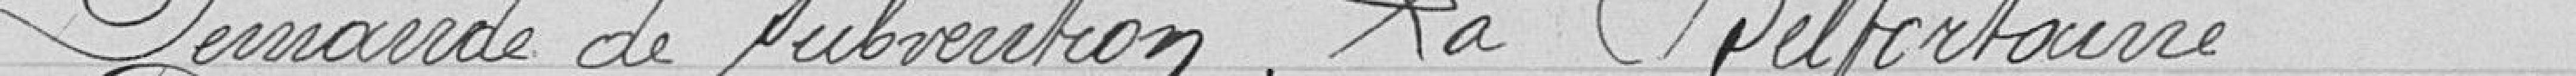
Demande de subvention La Belfortaine